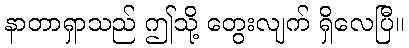
နာတာရှာသည် ဤသို့ တွေးလျက် ရှိလေပြီ။